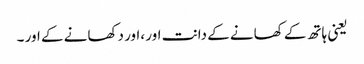
یعنی ہاتھ کے کھانے کے دانت اور ،اور دکھانے کے اور ۔